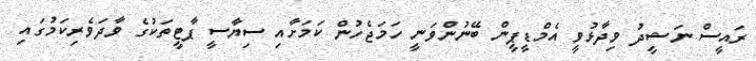
ރައީސް ނަޝީދު ވިދާޅުވީ އެމްޑީޕީން ބޭނުންވަނީ ހަމަޖެހުން ކަމަށާއި ސިޔާސީ ޕާޓީތަކުގެ ވާދަވެރިކަމުގައި